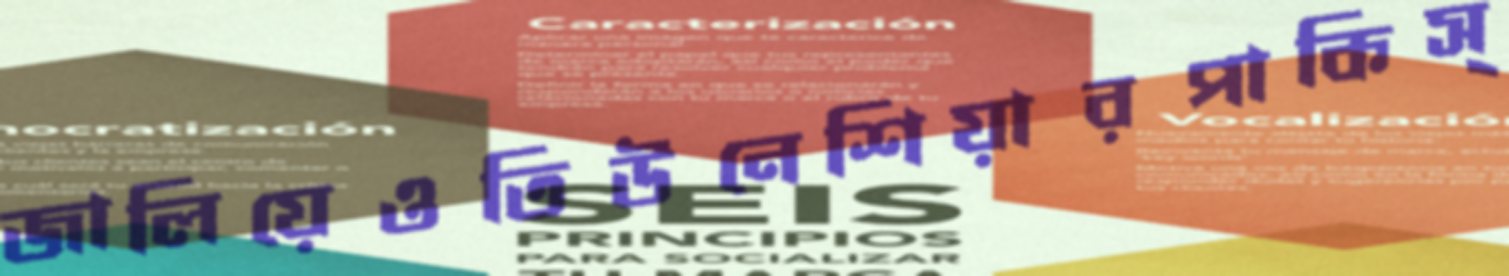
জালিয়েওতিউনেশিয়ারপাকিস্